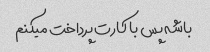
باشه پس با کارت پرداخت میکنم